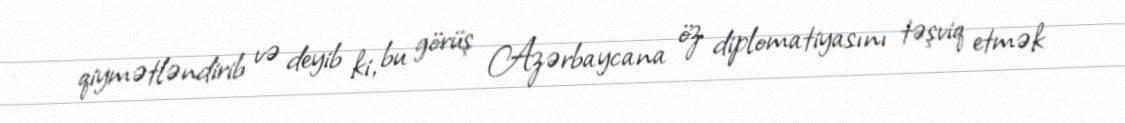
qiymətləndirib və deyib ki, bu görüş Azərbaycana öz diplomatiyasını təşviq etmək